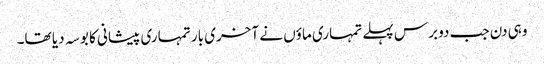
وہی دن جب دو برس پہلے تمہاری ماؤں نے آخری بار تمہاری پیشانی کا بوسہ دیا تھا۔